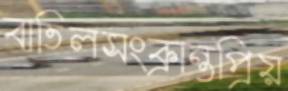
বাতিলসংক্রান্তপ্রিয়